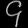
Digit: ၄